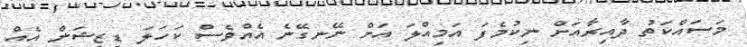
މަސައްކަތު ދާއިރާއަށް ނިކުމެފަ އަމިއްލަ އަށް ނޭނގޭނެ އެއްވެސް ކަހަލަ ޑިޒިޝަން އެއް